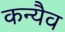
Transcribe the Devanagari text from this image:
कन्यैव